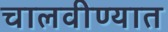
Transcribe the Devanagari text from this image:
चालवीण्यात